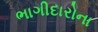
ભાગીદારોના